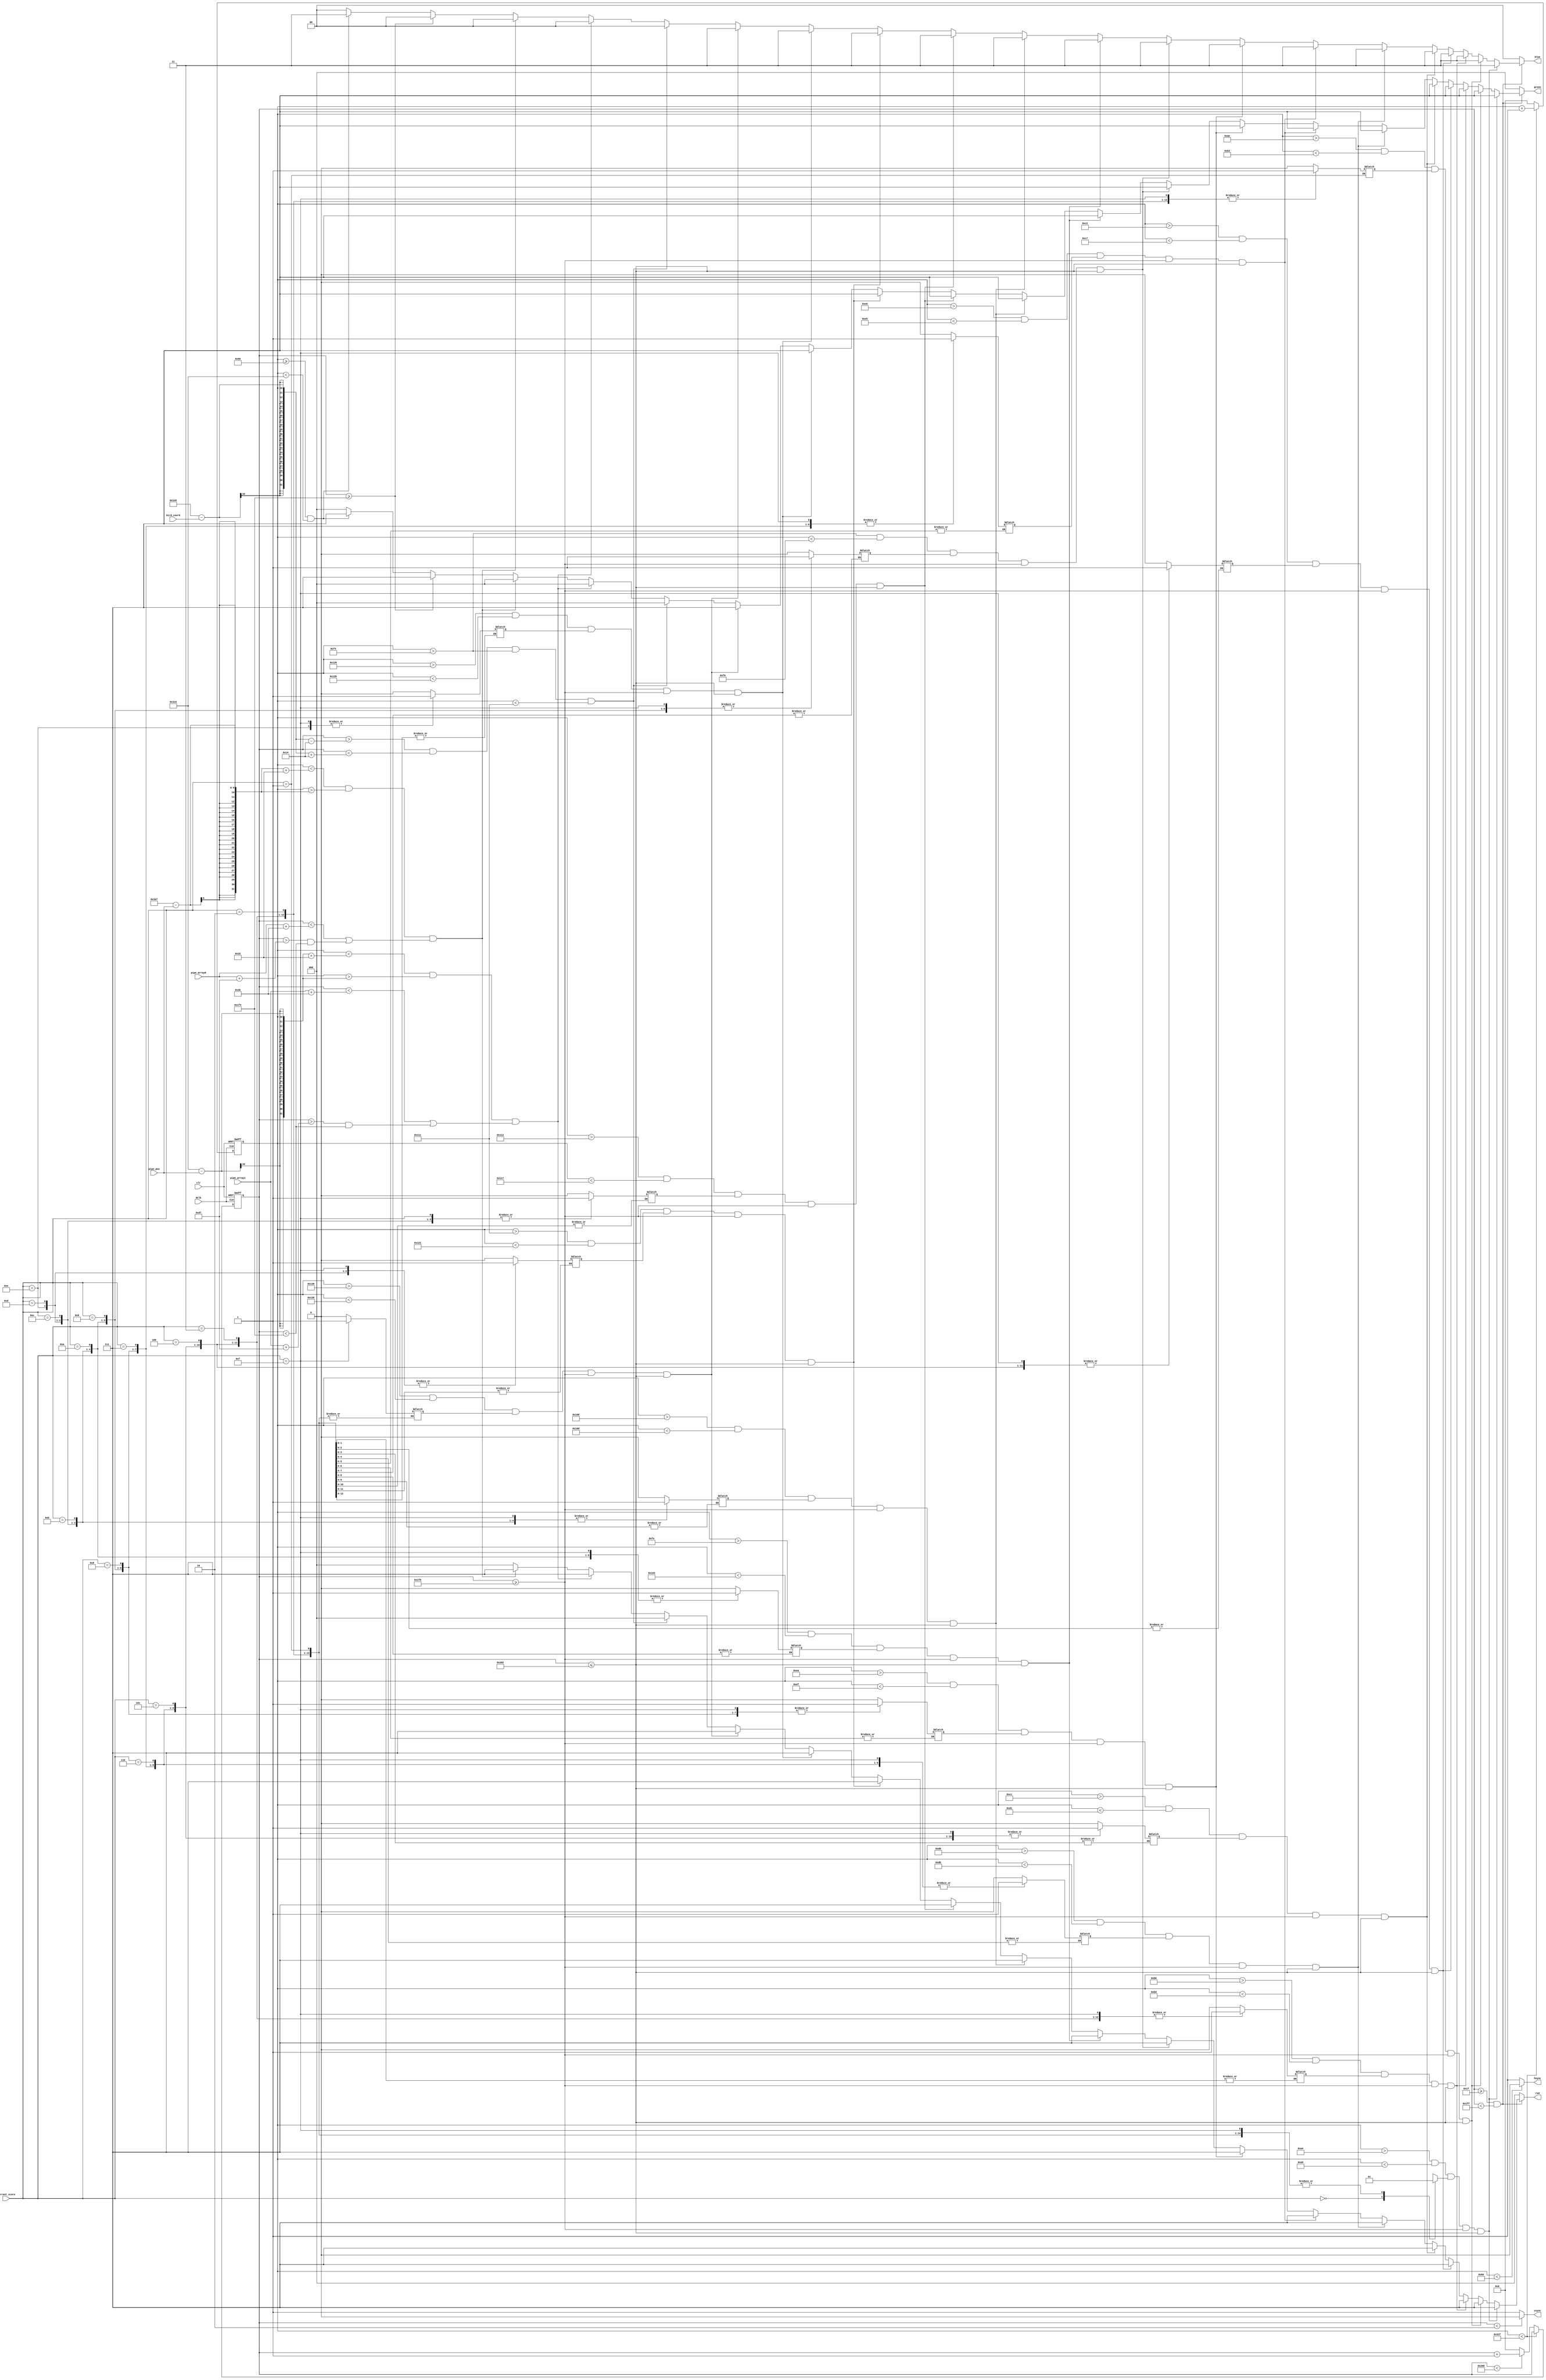
`timescale 1ns / 1ps
//////////////////////////////////////////////////////////////////////////////////
// Company: 
// Engineer: 
// 
// Design Name: 
// Module Name:    vga640x480 
// Project Name: 
// Target Devices: 
// Tool versions: 
// Description: 
//
// Dependencies: 
//
// Revision: 
// Revision 0.01 - File Created
// Additional Comments: 
//
//////////////////////////////////////////////////////////////////////////////////
module vga640x480(
	input wire dclk,			//pixel clock: 25MHz
	input wire clr,			//asynchronous reset
	input wire [9:0] bird_coord,
	input wire [8:0] pipe_pos,
	input wire [7:0]pipe_array0,
	input wire [7:0]pipe_array1,
	input wire [3:0] current_score,
	output wire hsync,		//horizontal sync out
	output wire vsync,		//vertical sync out
	output reg [2:0] red,	//red vga output
	output reg [2:0] green, //green vga output
	output reg [1:0] blue	//blue vga output
	);

// video structure constants
parameter hpixels = 800;// horizontal pixels per line
parameter vlines = 521; // vertical lines per frame
parameter hpulse = 96; 	// hsync pulse length
parameter vpulse = 2; 	// vsync pulse length
parameter hbp = 144; 	// end of horizontal back porch
parameter hfp = 784; 	// beginning of horizontal front porch
parameter vbp = 31; 		// end of vertical back porch
parameter vfp = 511; 	// beginning of vertical front porch
// active horizontal video is therefore: 784 - 144 = 640
// active vertical video is therefore: 511 - 31 = 480

// registers for storing the horizontal & vertical counters
reg [9:0] hc;
reg [9:0] vc;

// Horizontal & vertical counters --
// this is how we keep track of where we are on the screen.
// ------------------------
// Sequential "always block", which is a block that is
// only triggered on signal transitions or "edges".
// posedge = rising edge  &  negedge = falling edge
// Assignment statements can only be used on type "reg" and need to be of the "non-blocking" type: <=
always @(posedge dclk or posedge clr)
begin
	// reset condition
	if (clr == 1)
	begin
		hc <= 0;
		vc <= 0;
	end
	else
	begin
		// keep counting until the end of the line
		if (hc < hpixels - 1)
			hc <= hc + 1;
		else
		// When we hit the end of the line, reset the horizontal
		// counter and increment the vertical counter.
		// If vertical counter is at the end of the frame, then
		// reset that one too.
		begin
			hc <= 0;
			if (vc < vlines - 1)
				vc <= vc + 1;
			else
				vc <= 0;
		end
		
	end
end

// generate sync pulses (active low)
// ----------------
// "assign" statements are a quick way to
// give values to variables of type: wire
assign hsync = (hc < hpulse) ? 0:1;
assign vsync = (vc < vpulse) ? 0:1;

// display 100% saturation colorbars
// ------------------------
// Combinational "always block", which is a block that is
// triggered when anything in the "sensitivity list" changes.
// The asterisk implies that everything that is capable of triggering the block
// is automatically included in the sensitivty list.  In this case, it would be
// equivalent to the following: always @(hc, vc)
// Assignment statements can only be used on type "reg" and should be of the "blocking" type: =

reg a;
initial a = 0;
reg b;
initial b = 0;
reg c;
initial c = 0;
reg d;
initial d = 0;
reg e;
initial e = 0;
reg f;
initial f = 0;
reg g;
initial g = 0;
reg h;
initial h = 0;
reg i;
initial i = 0;
reg j;
initial j = 0;
reg k;
initial k = 0;
reg l;
initial l = 0;
reg m;
initial m = 0;
reg n;
initial n = 0;
reg o;
initial o = 0;

always @ (*)
begin
case(current_score)
0:
begin
	a = 0;
	b = 0;
	c = 0;
	d = 0;
	e = 0;
	f = 0;
	g = 0;
	h = 0;
	i = 0;
	j = 0;
	k = 0;
	l = 0;
	m = 0;
	n = 0;
	o = 0;
end
1:
begin
	a = 1;
end
2: 
begin
	a = 1;
	b = 1;
end
3: 
begin
	a = 1;
	b = 1;
	c = 1;
end
4: 
begin
	a = 1;
	b = 1;
	c = 1;
	d = 1;
end
5:
begin
	a = 1;
	b = 1;
	c = 1;
	d = 1;
	e = 1;
end
6: 
begin
	a = 1;
	b = 1;
	c = 1;
	d = 1;
	e = 1;
	f = 1;
end
7:
begin
	a = 1;
	b = 1;
	c = 1;
	d = 1;
	e = 1;
	f = 1;
	g = 1;
end
8:
begin
	a = 1;
	b = 1;
	c = 1;
	d = 1;
	e = 1;
	f = 1;
	g = 1;
	h = 1;
end
9: 
begin
	a = 1;
	b = 1;
	c = 1;
	d = 1;
	e = 1;
	f = 1;
	g = 1;
	h = 1;
	i = 1;
end
10:
begin 
	a = 1;
	b = 1;
	c = 1;
	d = 1;
	e = 1;
	f = 1;
	g = 1;
	h = 1;
	i = 1;
	j = 1;
end
11:
begin 
	a = 1;
	b = 1;
	c = 1;
	d = 1;
	e = 1;
	f = 1;
	g = 1;
	h = 1;
	i = 1;
	j = 1;
	k = 1;
end
12:
begin
	a = 1;
	b = 1;
	c = 1;
	d = 1;
	e = 1;
	f = 1;
	g = 1;
	h = 1;
	i = 1;
	j = 1;
	k = 1;
	l = 1;
end
13:
begin
	a = 1;
	b = 1;
	c = 1;
	d = 1;
	e = 1;
	f = 1;
	g = 1;
	h = 1;
	i = 1;
	j = 1;
	k = 1;
	l = 1;
	m = 1;
end
14:
begin 
	a = 1;
	b = 1;
	c = 1;
	d = 1;
	e = 1;
	f = 1;
	g = 1;
	h = 1;
	i = 1;
	j = 1;
	k = 1;
	l = 1;
	m = 1;
	n = 1;
end
15:
begin 
	a = 1;
	b = 1;
	c = 1;
	d = 1;
	e = 1;
	f = 1;
	g = 1;
	h = 1;
	i = 1;
	j = 1;
	k = 1;
	l = 1;
	m = 1;
	n = 1;
	o = 1;
end
endcase
end
	



always @(*)
begin

	// first check if we're within vertical active video range
	if (vc >= vbp && vc < vfp)
	begin
		// now display different colors every 80 pixels
		// while we're within the active horizontal range
		// -----------------
		if(hc > (hbp+20) && hc < (hbp+25)&& a && vc >= 504 && vc <= 514)
				begin
					red = 3'b111;
					green = 3'b111;
					blue = 2'b11;
				end
		else 	if(hc > (hbp+30) && hc < (hbp+35) && b && vc >= 504 && vc <= 514)
				begin
					red = 3'b111;
					green = 3'b111;
					blue = 2'b11;
				end
		else 	if(hc > (hbp+40) && hc < (hbp+45) && c && vc >= 504 && vc <= 514)
				begin
					red = 3'b111;
					green = 3'b111;
					blue = 2'b11;
				end
		else 	if(hc > (hbp+50) && hc < (hbp+55) && d && vc >= 504 && vc <= 514)
				begin
					red = 3'b111;
					green = 3'b111;
					blue = 2'b11;
				end
		else 	if(hc > (hbp+60) && hc < (hbp+65) && e && vc >= 504 && vc <= 514)
				begin
					red = 3'b111;
					green = 3'b111;
					blue = 2'b11;
				end
		else 	if(hc > (hbp+70) && hc < (hbp+75) && f && vc >= 504 && vc <= 514)
				begin
					red = 3'b111;
					green = 3'b111;
					blue = 2'b11;
				end
		else 	if(hc > (hbp+80) && hc < (hbp+85) && g && vc >= 504 && vc <= 514)
				begin
					red = 3'b111;
					green = 3'b111;
					blue = 2'b11;
				end
		else 	if(hc > (hbp+90) && hc < (hbp+95) && h && vc >= 504 && vc <= 514)
				begin
					red = 3'b111;
					green = 3'b111;
					blue = 2'b11;
				end
		else 	if(hc > (hbp+100) && hc < (hbp+105) && i && vc >= 504 && vc <= 514)
				begin
					red = 3'b111;
					green = 3'b111;
					blue = 2'b11;
				end
		else 	if(hc > (hbp+110) && hc < (hbp+115) && j && vc >= 504 && vc <= 514)
				begin
					red = 3'b111;
					green = 3'b111;
					blue = 2'b11;
				end
		else 	if(hc > (hbp+120) && hc < (hbp+125) && k && vc >= 504 && vc <= 514)
				begin
					red = 3'b111;
					green = 3'b111;
					blue = 2'b11;
				end
		else 	if(hc > (hbp+130) && hc < (hbp+135) && l && vc >= 504 && vc <= 514)
				begin
					red = 3'b111;
					green = 3'b111;
					blue = 2'b11;
				end
		else 	if(hc > (hbp+140) && hc < (hbp+145) && m && vc >= 504 && vc <= 514)
				begin
					red = 3'b111;
					green = 3'b111;
					blue = 2'b11;
				end
		else 	if(hc > (hbp+150) && hc < (hbp+155) && n && vc >= 504 && vc <= 514)
				begin
					red = 3'b111;
					green = 3'b111;
					blue = 2'b11;
				end
		else 	if(hc > (hbp+160) && hc < (hbp+165) && o && vc >= 504 && vc <= 514)
				begin
					red = 3'b111;
					green = 3'b111;
					blue = 2'b11;
				end
		else if(vc > (480-bird_coord)-20 && vc < (480-bird_coord)+20 && hc > hbp+100 && hc < hbp+140)
			begin
				red = 3'b000;
				green = 3'b000;
				blue = 2'b00;
			end
		//pipes
		else if ((hc < hfp-pipe_pos+50 && hc > hfp-pipe_pos) && (vc < pipe_array1+75 || vc > pipe_array1+215 && vc < 500))
		begin
			red = 3'b111;
			green = 3'b000;
			blue = 2'b00;
		end		
		else if ((hc < hfp-345-pipe_pos+50 && hc > hfp-345-pipe_pos) && (vc < pipe_array0+75 || vc > pipe_array0+215 && vc < 500))
		begin
			red = 3'b111;
			green = 3'b000;
			blue = 2'b00;
		end		
		//grass -- not marijuana
		else if (vc >= 500)
		begin
			red = 3'b000;
			green = 3'b111;
			blue = 2'b00;
		end
		// display cyan bar
		else if (hc >= (hbp) && hc < (hbp+640))
		begin
			red = 3'b000;
			green = 3'b111;
			blue = 2'b11;
		end
		// we're outside active horizontal range so display black
		else
		begin
			red = 0;
			green = 0;
			blue = 0;
		end
	end
	// we're outside active vertical range so display black
	else
	begin
		red = 0;
		green = 0;
		blue = 0;
	end
end

endmodule